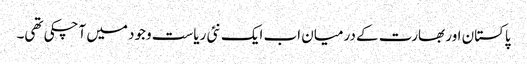
پاکستان اور بھارت کے درمیان اب ایک نئی ریاست وجود میں آچکی تھی۔